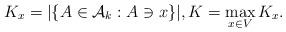
LaTeX: \begin{align*} K_x = |\{ A \in \mathcal{A}_k: A \ni x\} |, K = \max_{x\in V} K_x .\end{align*}